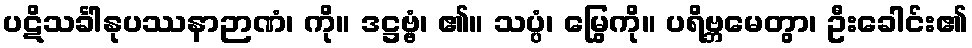
ပဋိသင်္ခါနုပဿနာဉာဏံ၊ ကို။ ဒဋ္ဌဗ္ဗံ၊ ၏။ သပ္ပံ၊ မြွေကို။ ပရိဗ္ဘမေတွာ၊ ဦးခေါင်း၏